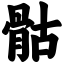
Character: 骷